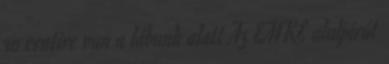
30 centire van a lábunk alatt Az EMKE aluljárót